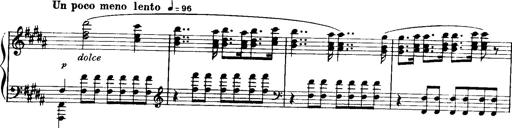
Title: Historische ungarische Bildnisse
Composer: Franz Liszt